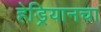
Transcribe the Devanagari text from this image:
हेड्रियानचा